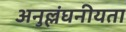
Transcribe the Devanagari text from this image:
अनुल्लंघनीयता